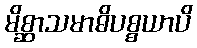
မိစ္ဆာသမာဓိပစ္စယာပိ